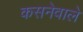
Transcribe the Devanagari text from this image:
कसनेवाले